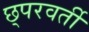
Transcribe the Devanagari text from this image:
छ्परवर्ती